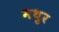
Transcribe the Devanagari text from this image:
मथुर